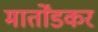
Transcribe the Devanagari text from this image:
मार्तोंडकर